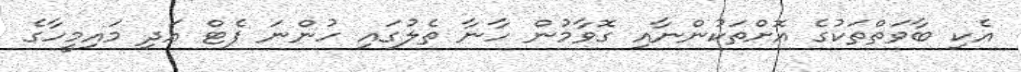
އެކި ބާވަތްތަކުގެ އޮށްތަކުންނާއި ގޮވާމުން ހާނާ ތެލުގައި ހުންނަ ފެޓް އަދި މައިމީހާގެ